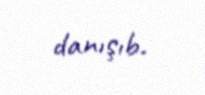
danışıb.